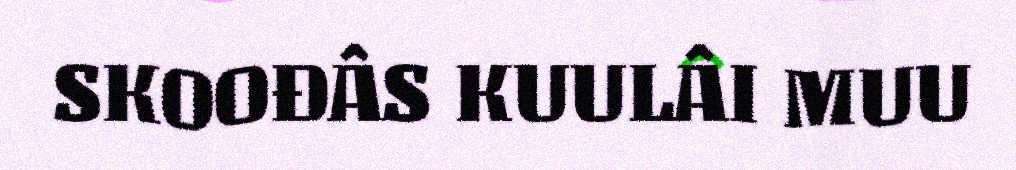
SKOOĐÂS KUULÂI MUU